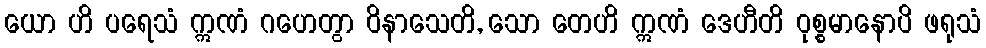
ယော ဟိ ပရေသံ ဣဏံ ဂဟေတွာ ဝိနာသေတိ, သော တေဟိ ဣဏံ ဒေဟီတိ ဝုစ္စမာနောပိ ဖရုသံ